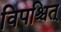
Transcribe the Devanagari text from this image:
विपश्चित्‌